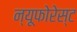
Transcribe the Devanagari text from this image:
न्यूफोरेस्ट